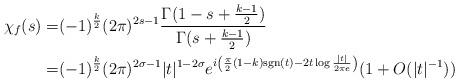
LaTeX: \begin{align*}\chi_f(s)=&(-1)^{\frac{k}{2}}(2\pi)^{2s-1}\frac{\Gamma(1-s+\frac{k-1}{2})}{\Gamma(s+\frac{k-1}{2})} \\=&(-1)^{\frac{k}{2}}(2\pi)^{2\sigma-1}|t|^{1-2\sigma}e^{i\left(\frac{\pi}{2}(1-k){\rm sgn}(t)-2t\log\frac{|t|}{2\pi e}\right)}(1+O(|t|^{-1})) \end{align*}